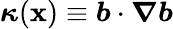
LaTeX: \boldsymbol{\kappa}(\boldsymbol{\mathbf{x}})\equiv\boldsymbol{b}\cdot\boldsymbol{\nabla}\boldsymbol{b}